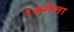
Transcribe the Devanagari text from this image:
१५मेला